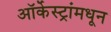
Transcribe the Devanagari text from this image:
ऑर्केस्ट्रांमधून